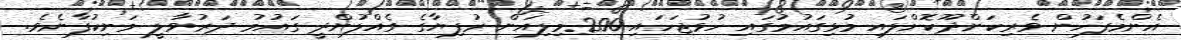
އެންމެފަހުން ވެރިކަންދޫކޮށްލައި މުޅިގައުމުގައި ހުޅުޖަހައި 200މިލިއަން ރުފިޔާގެ ގެއްލުންދީ ގައުމު ދަރުވާލީ މަނިކުފާނެވެ.